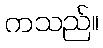
ကသည်။